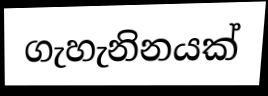
ගැහැනිනයක්